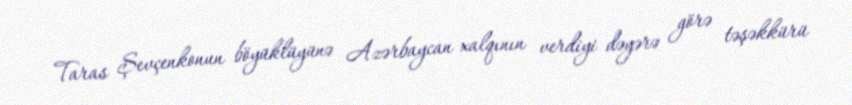
Taras Şevçenkonun böyüklüyünə Azərbaycan xalqının verdiyi dəyərə görə təşəkkürü